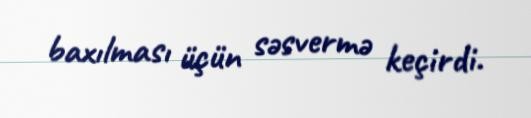
baxılması üçün səsvermə keçirdi.